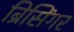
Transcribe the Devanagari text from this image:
ब्रिसिंगर